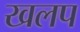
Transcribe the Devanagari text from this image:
खलप